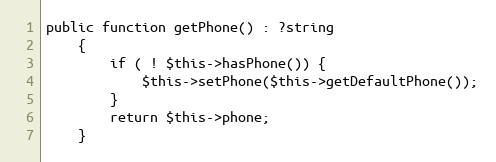
Language: PHP
public function getPhone() : ?string
    {
        if ( ! $this->hasPhone()) {
            $this->setPhone($this->getDefaultPhone());
        }
        return $this->phone;
    }